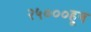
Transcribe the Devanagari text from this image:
२५०००हून